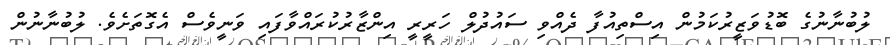
ލުބުނާނުގެ ބޮޑުވަޒީރުކަމުން އިސްތިއުފާ ދެއްވި ސައުދުލް ހަރީރީ އިންޒާރުކުރައްވާފައި ވަނީވެސް އެގޮތަށެވެ. ލުބުނާނުން